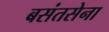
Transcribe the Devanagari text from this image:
बसंतसेना